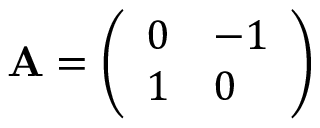
\mathbf { A } = { \left( \begin{array} { l l } { 0 } & { - 1 } \\ { 1 } & { 0 } \end{array} \right) }